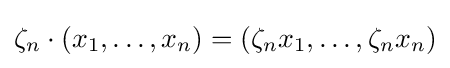
\zeta _{n}\cdot (x_{1},\ldots ,x_{n})=(\zeta _{n}x_{1},\ldots ,\zeta _{n}x_{n})